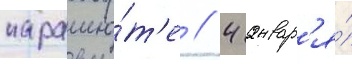
парашю́т'е // 4 январ'я́